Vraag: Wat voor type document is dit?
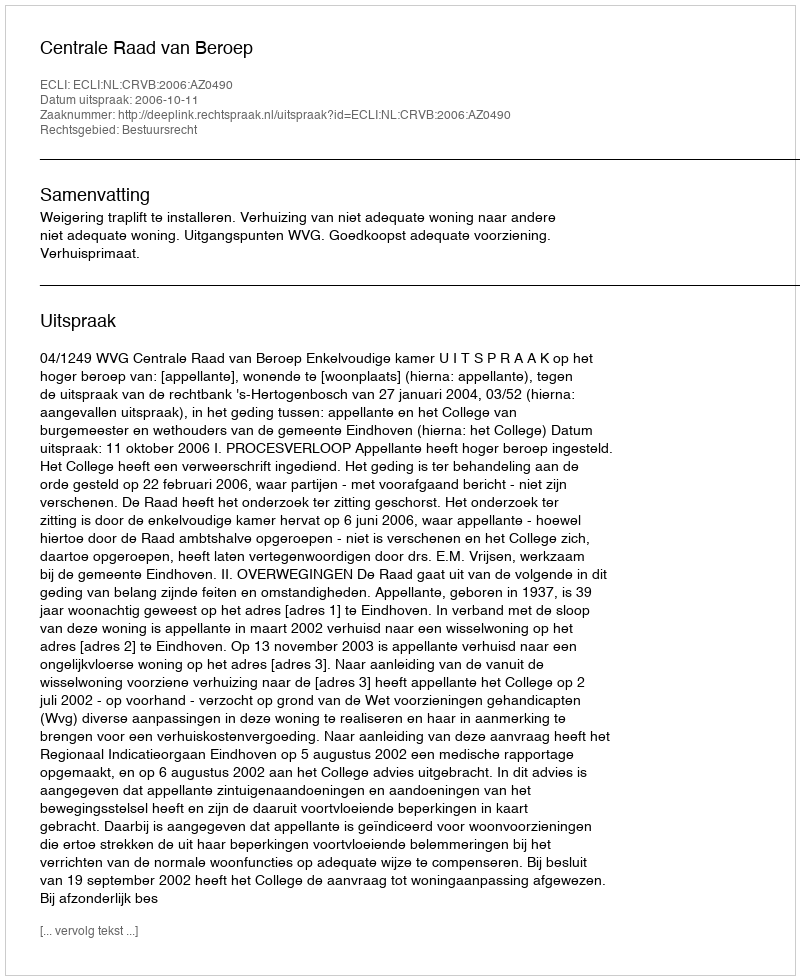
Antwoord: Uitspraak